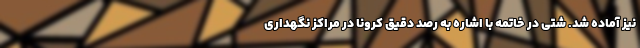
نیز آماده شد. شتی در خاتمه با اشاره به رصد دقیق کرونا در مراکز نگهداری